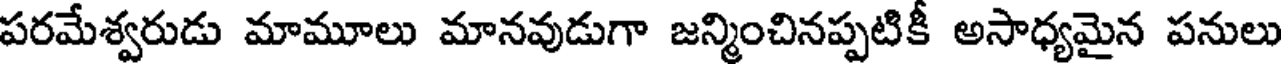
పరమేశ్వరుడు మామూలు మానవుడుగా జన్మించినప్పటికీ అసాధ్యమైన పనులు